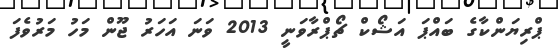
ޕްރިޔަންކާގެ ބައްޕަ އަޝޯކް ޗޯޕްރާވަނީ 2013 ވަނަ އަހަރު ޖޫން މަހު މަރުވެފަ